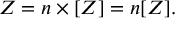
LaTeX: Z = n \times [ Z ] = n [ Z ] .